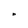
Character: n